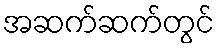
အဆက်ဆက်တွင်